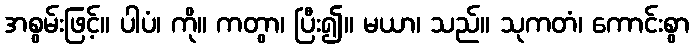
အစွမ်းဖြင့်။ ပါပံ၊ ကို။ ကတွာ၊ ပြီး၍။ မယာ၊ သည်။ သုကတံ၊ ကောင်းစွာ